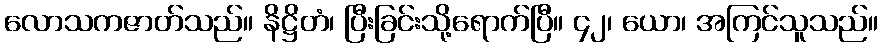
လောသကဇာတ်သည်။ နိဋ္ဌိတံ၊ ပြီးခြင်းသို့ရောက်ပြီ။ ၄၂၊ ယော၊ အကြင်သူသည်။